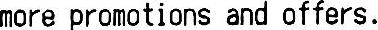
MORE PROMOTIONS AND OFFERS.